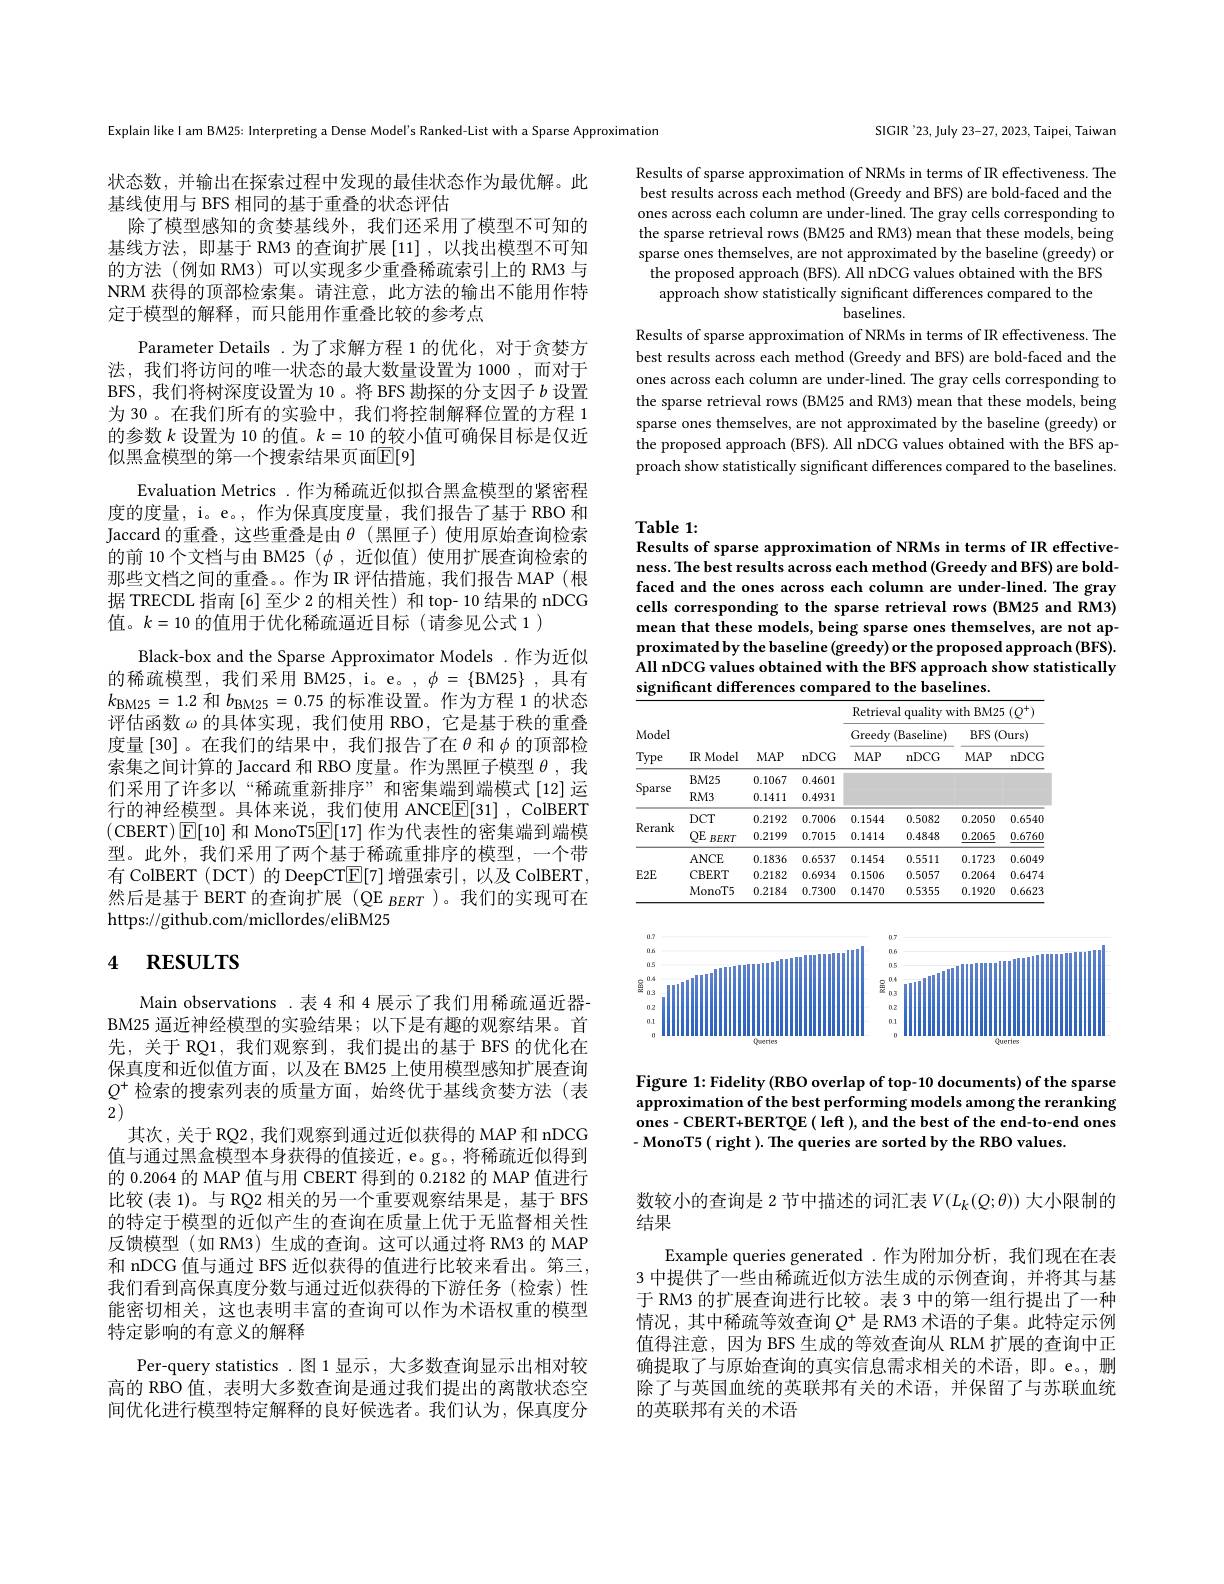
SIGIR'23, July 23-27, 2023, Taipei, Taiwan

Results of sparse approximation of NRMs in terms of IR effectiveness. The best results across each method (Greedy and BFS) are bold-faced and the ones across each column are under-lined. The gray cells corresponding to the sparse retrieval rows (BM25 and RM3) mean that these models, being sparse ones themselves, are not approximated by the baseline (greedy) or the proposed approach (BFS). All nDCG values obtained with the BFS approach show statistically significant differences compared to the
baselines.

Results of sparse approximation of NRMs in terms of IR effectiveness. The best results across each method (Greedy and BFS) are bold-faced and the ones across each column are under-lined. The gray cells corresponding to the sparse retrieval rows (BM25 and RM3) mean that these models, being sparse ones themselves, are not approximated by the baseline (greedy) or the proposed approach (BFS). All nDCG values obtained with the BFS approach show statistically significant differences compared to the baselines.

Explain like I am BM25: Interpreting a Dense Model's Ranked-List with a Sparse Approximation

# Table 1:
Results of sparse approximation of NRMs in terms of IR effective-

状态数，并输出在探索过程中发现的最佳状态作为最优解。此
基线使用与 BFS 相同的基于重叠的状态评估
除了模型感知的贪婪基线外，我们还采用了模型不可知的基线方法，即基于 RM3 的查询扩展[11],以找出模型不可知的方法(例如 RM3)可以实现多少重叠稀疏索引上的 RM3 与NRM 获得的顶部检索集。请注意，此方法的输出不能用作特定于模型的解释，而只能用作重叠比较的参考点
Parameter Details .为了求解方程 1 的优化，对于贪婪方法，我们将访问的唯一状态的最大数量设置为 1000 ,而对于BFS,我们将树深度设置为 10 。将 BFS 勘探的分支因子$b$设置为 30 。在我们所有的实验中，我们将控制解释位置的方程 1的参数$k$设置为 10 的值。$k=10$的较小值可确保目标是仅近似黑盒模型的第一个搜索结果页面$\mathbb{E}[9]$
Evaluation Metrics .作为稀疏近似拟合黑盒模型的紧密程度的度量，i。e。, 作为保真度度量，我们报告了基于 RBO 和Jaccard 的重叠，这些重叠是由$\theta$ (黑匣子) 使用原始查询检索的前 10 个文档与由 BM25 $(\phi$,近似值)使用扩展查询检索的那些文档之间的重叠。。作为 IR 评估措施，我们报告 MAP(根据 TRECDL 指南[6]至少 2 的相关性) 和 top- 10 结果的 nDCG 值。$k=10$的值用于优化稀疏逼近目标(请参见公式 1)
Black-box and the Sparse Approximator Models .作为近似的稀疏模型，我们采用 BM25, i。e。, $\phi=\{$BM25$\}$,具有$k_{\mathrm{BM25}}=1.2$和$b_{\mathrm{BM25}}=0.75$的标准设置。作为方程 1 的状态评估函数$\omega$的具体实现，我们使用 RBO, 它是基于秩的重叠度量[30]。在我们的结果中，我们报告了在$\theta$和$\phi$的顶部检索集之间计算的 Jaccard 和 RBO 度量。作为黑匣子模型$\theta$,我们采用了许多以“稀疏重新排序”和密集端到端模式[12]运行的神经模型。具体来说，我们使用 ANCE$\boxed{\mathrm{E}}[31]$ ,ColBERT (CBERT)$\boxed{\mathbb{E}}[10]$和 MonoT5$\boxed{\mathbb{E}}[17]$作为代表性的密集端到端模型。此外，我们采用了两个基于稀疏重排序的模型，一个带有 ColBERT (DCT) 的 DeepCT$\mathbb{E}[7]$增强索引，以及 ColBERT, 然后是基于 BERT 的查询扩展(QE $_{BERT}$)。我们的实现可在https://github.com/micllordes/eliBM25

# 4 RESULTS

Main observations .表 4 和 4 展示了我们用稀疏逼近器BM25 逼近神经模型的实验结果；以下是有趣的观察结果。首先，关于 RQ1, 我们观察到，我们提出的基于 BFS 的优化在保真度和近似值方面，以及在 BM25 上使用模型感知扩展查询$Q^+$检索的搜索列表的质量方面，始终优于基线贪婪方法(表2)
其次，关于 RQ2, 我们观察到通过近似获得的 MAP 和 nDCG 值与通过黑盒模型本身获得的值接近，e。g。, 将稀疏近似得到的 0.2064 的 MAP 值与用 CBERT 得到的0.2182的 MAP 值进行比较(表 1)。与 RQ2 相关的另一个重要观察结果是，基于 BFS 的特定于模型的近似产生的查询在质量上优于无监督相关性反馈模型 (如 RM3) 生成的查询。这可以通过将 RM3 的 MAP 和 nDCG 值与通过 BFS 近似获得的值进行比较来看出。第三， 我们看到高保真度分数与通过近似获得的下游任务(检索)性能密切相关，这也表明丰富的查询可以作为术语权重的模型特定影响的有意义的解释
Per-query statistics .图 1 显示 , 大多数查询显示出相对较高的 RBO 值，表明大多数查询是通过我们提出的离散状态空间优化进行模型特定解释的良好候选者。我们认为，保真度分

ness. The best results across each method (Greedy and BFS) are boldfaced and the ones across each column are under-lined. The gray cells corresponding to the sparse retrieval rows (BM25 and RM3) mean that these models, being sparse ones themselves, are not approximatedby the baseline (greedy) or the proposed approach (BFS). All nDCG values obtained with the BFS approach show statistically significant differences compared to the baselines.

<table>
	<tbody>
		<tr>
			<th rowspan="3">Model Type</th>
			<th rowspan="3">IR Model</th>
			<th rowspan="3">$MAP$</th>
			<th rowspan="3">nDCG</th>
			<th colspan="4">Retrieval quality with BM25 ( $Q^{+ }$) </th>
		</tr>
		<tr>
			<th colspan="2">Greedy (Baseline)</th>
			<th colspan="2">$BFS$ (Ours) $x=\frac{1}{2}$</th>
		</tr>
		<tr>
			<th>$MAP$</th>
			<th>nDCG</th>
			<th>$MAP$</th>
			<th>nDCG</th>
		</tr>
		<tr>
			<td rowspan="2">Sparse</td>
			<td>$BM25$</td>
			<td>0.1067</td>
			<td>0.4601</td>
			<td> </td>
			<td> </td>
			<td> </td>
			<td> </td>
		</tr>
		<tr>
			<td>$RM3$</td>
			<td>0.1411</td>
			<td>0.4931</td>
			<td> </td>
			<td> </td>
			<td> </td>
			<td> </td>
		</tr>
		<tr>
			<td rowspan="2">Rerank</td>
			<td>$DCT$</td>
			<td>0.2192</td>
			<td>0.7006</td>
			<td>0.1544</td>
			<td>0.5082</td>
			<td>0.2050</td>
			<td>0.6540</td>
		</tr>
		<tr>
			<td>$QE$ $BERT$</td>
			<td>0.2199</td>
			<td>0.7015</td>
			<td>0.1414</td>
			<td>0.4848</td>
			<td>0.2065</td>
			<td>0.6760</td>
		</tr>
		<tr>
			<td rowspan="3">$E2E$</td>
			<td>ANCE</td>
			<td>0.1836</td>
			<td>0.6537</td>
			<td>0.1454</td>
			<td>0.5511</td>
			<td>0.1723</td>
			<td>0.6049</td>
		</tr>
		<tr>
			<td>CBERT</td>
			<td>0.2182</td>
			<td>0.6934</td>
			<td>0.1506</td>
			<td>0.5057</td>
			<td>0.2064</td>
			<td>0.6474</td>
		</tr>
		<tr>
			<td>MonoT5</td>
			<td>0.2184</td>
			<td>0.7300</td>
			<td>0.1470</td>
			<td>0.5355</td>
			<td>0.1920</td>
			<td>0.6623</td>
		</tr>
	</tbody>
</table>

<FigureHere>

Figure 1: Fidelity (RBO overlap of top-10 documents) of the sparse approximation of the best performing models among the reranking ones - CBERT+ BERTQE ( left ), and the best of the end-to-end ones - MonoT5 ( right ). The queries are sorted by the RBO values

数较小的查询是 2 节中描述的词汇表$V(L_k(Q;\theta))$大小限制的
结果
Example queries generated.作为附加分析，我们现在在表3 中提供了一些由稀疏近似方法生成的示例查询，并将其与基于 RM3 的扩展查询进行比较。表 3 中的第一组行提出了一种情况，其中稀疏等效查询$Q^+$是 RM3 术语的子集。此特定示例值得注意，因为 BFS 生成的等效查询从 RLM 扩展的查询中正确提取了与原始查询的真实信息需求相关的术语，即。e。删除了与英国血统的英联邦有关的术语，并保留了与苏联血统的英联邦有关的术语